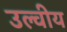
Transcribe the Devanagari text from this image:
उल्वीय